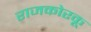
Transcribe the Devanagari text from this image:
राजकोरकू